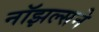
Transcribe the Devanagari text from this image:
नॉझल्सने